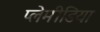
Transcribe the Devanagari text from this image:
प्लेमीडिया